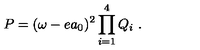
P = ( \omega - e a _ { 0 } ) ^ { 2 } \prod _ { i = 1 } ^ { 4 } Q _ { i } \ .